Problem: 38 - 20 = ?
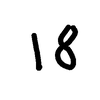
Handwritten answer: 18